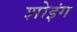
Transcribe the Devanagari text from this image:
शोइंग